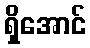
ရှိအောင်